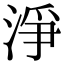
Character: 淨